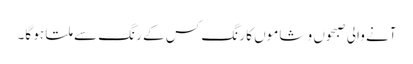
آنے والی صبحوں و شاموں کا رنگ کس کے رنگ سے ملتا ہو گا۔